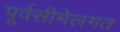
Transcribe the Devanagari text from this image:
पूर्वसीमेलगत